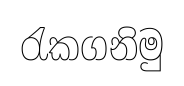
රැකගනිමු